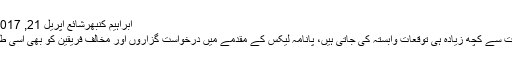
ابراہیم کنبھرشائع اپريل 21, 2017 12:13pm وٹس١یپ
سیاسی نوعیت کے مقدمات سے کچھ زیادہ ہی توقعات وابستہ کی جاتی ہیں، پانامہ لیکس کے مقدمے میں درخواست گزاروں اور مخالف فریقین کو بھی اسی طرح بہت سی امیدیں تھیں۔